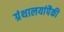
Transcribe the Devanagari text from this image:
ग्रंथालयांपैकी